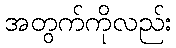
အတွက်ကိုလည်း